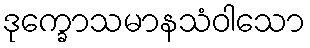
ဒုက္ခောသမာနသံဝါသော